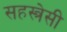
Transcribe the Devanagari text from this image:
सहस्त्रेसी